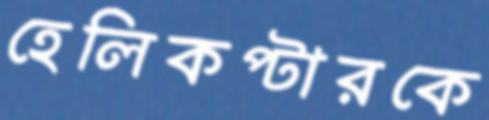
হেলিকপ্টারকে